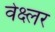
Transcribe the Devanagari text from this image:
वेक्ष्लर